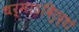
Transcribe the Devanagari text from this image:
धर्माऽविरुद्धो